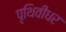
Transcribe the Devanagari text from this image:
पृथिवीधर